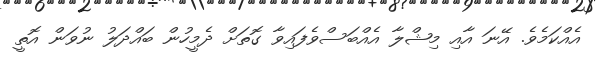
އެއްކަމެވެ. އޭނަ އާއި މިޝްލާ އެއްބަސްވެފައިވާ ގޮތަށް ދެމީހުން ބައްދަލު ނުވަން އޮތީ